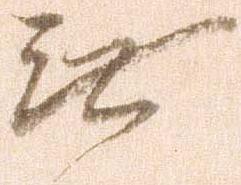
無